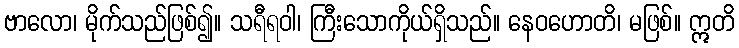
ဗာလော၊ မိုက်သည်ဖြစ်၍။ သရီရဝါ၊ ကြီးသောကိုယ်ရှိသည်။ နေဝဟောတိ၊ မဖြစ်။ ဣတိ